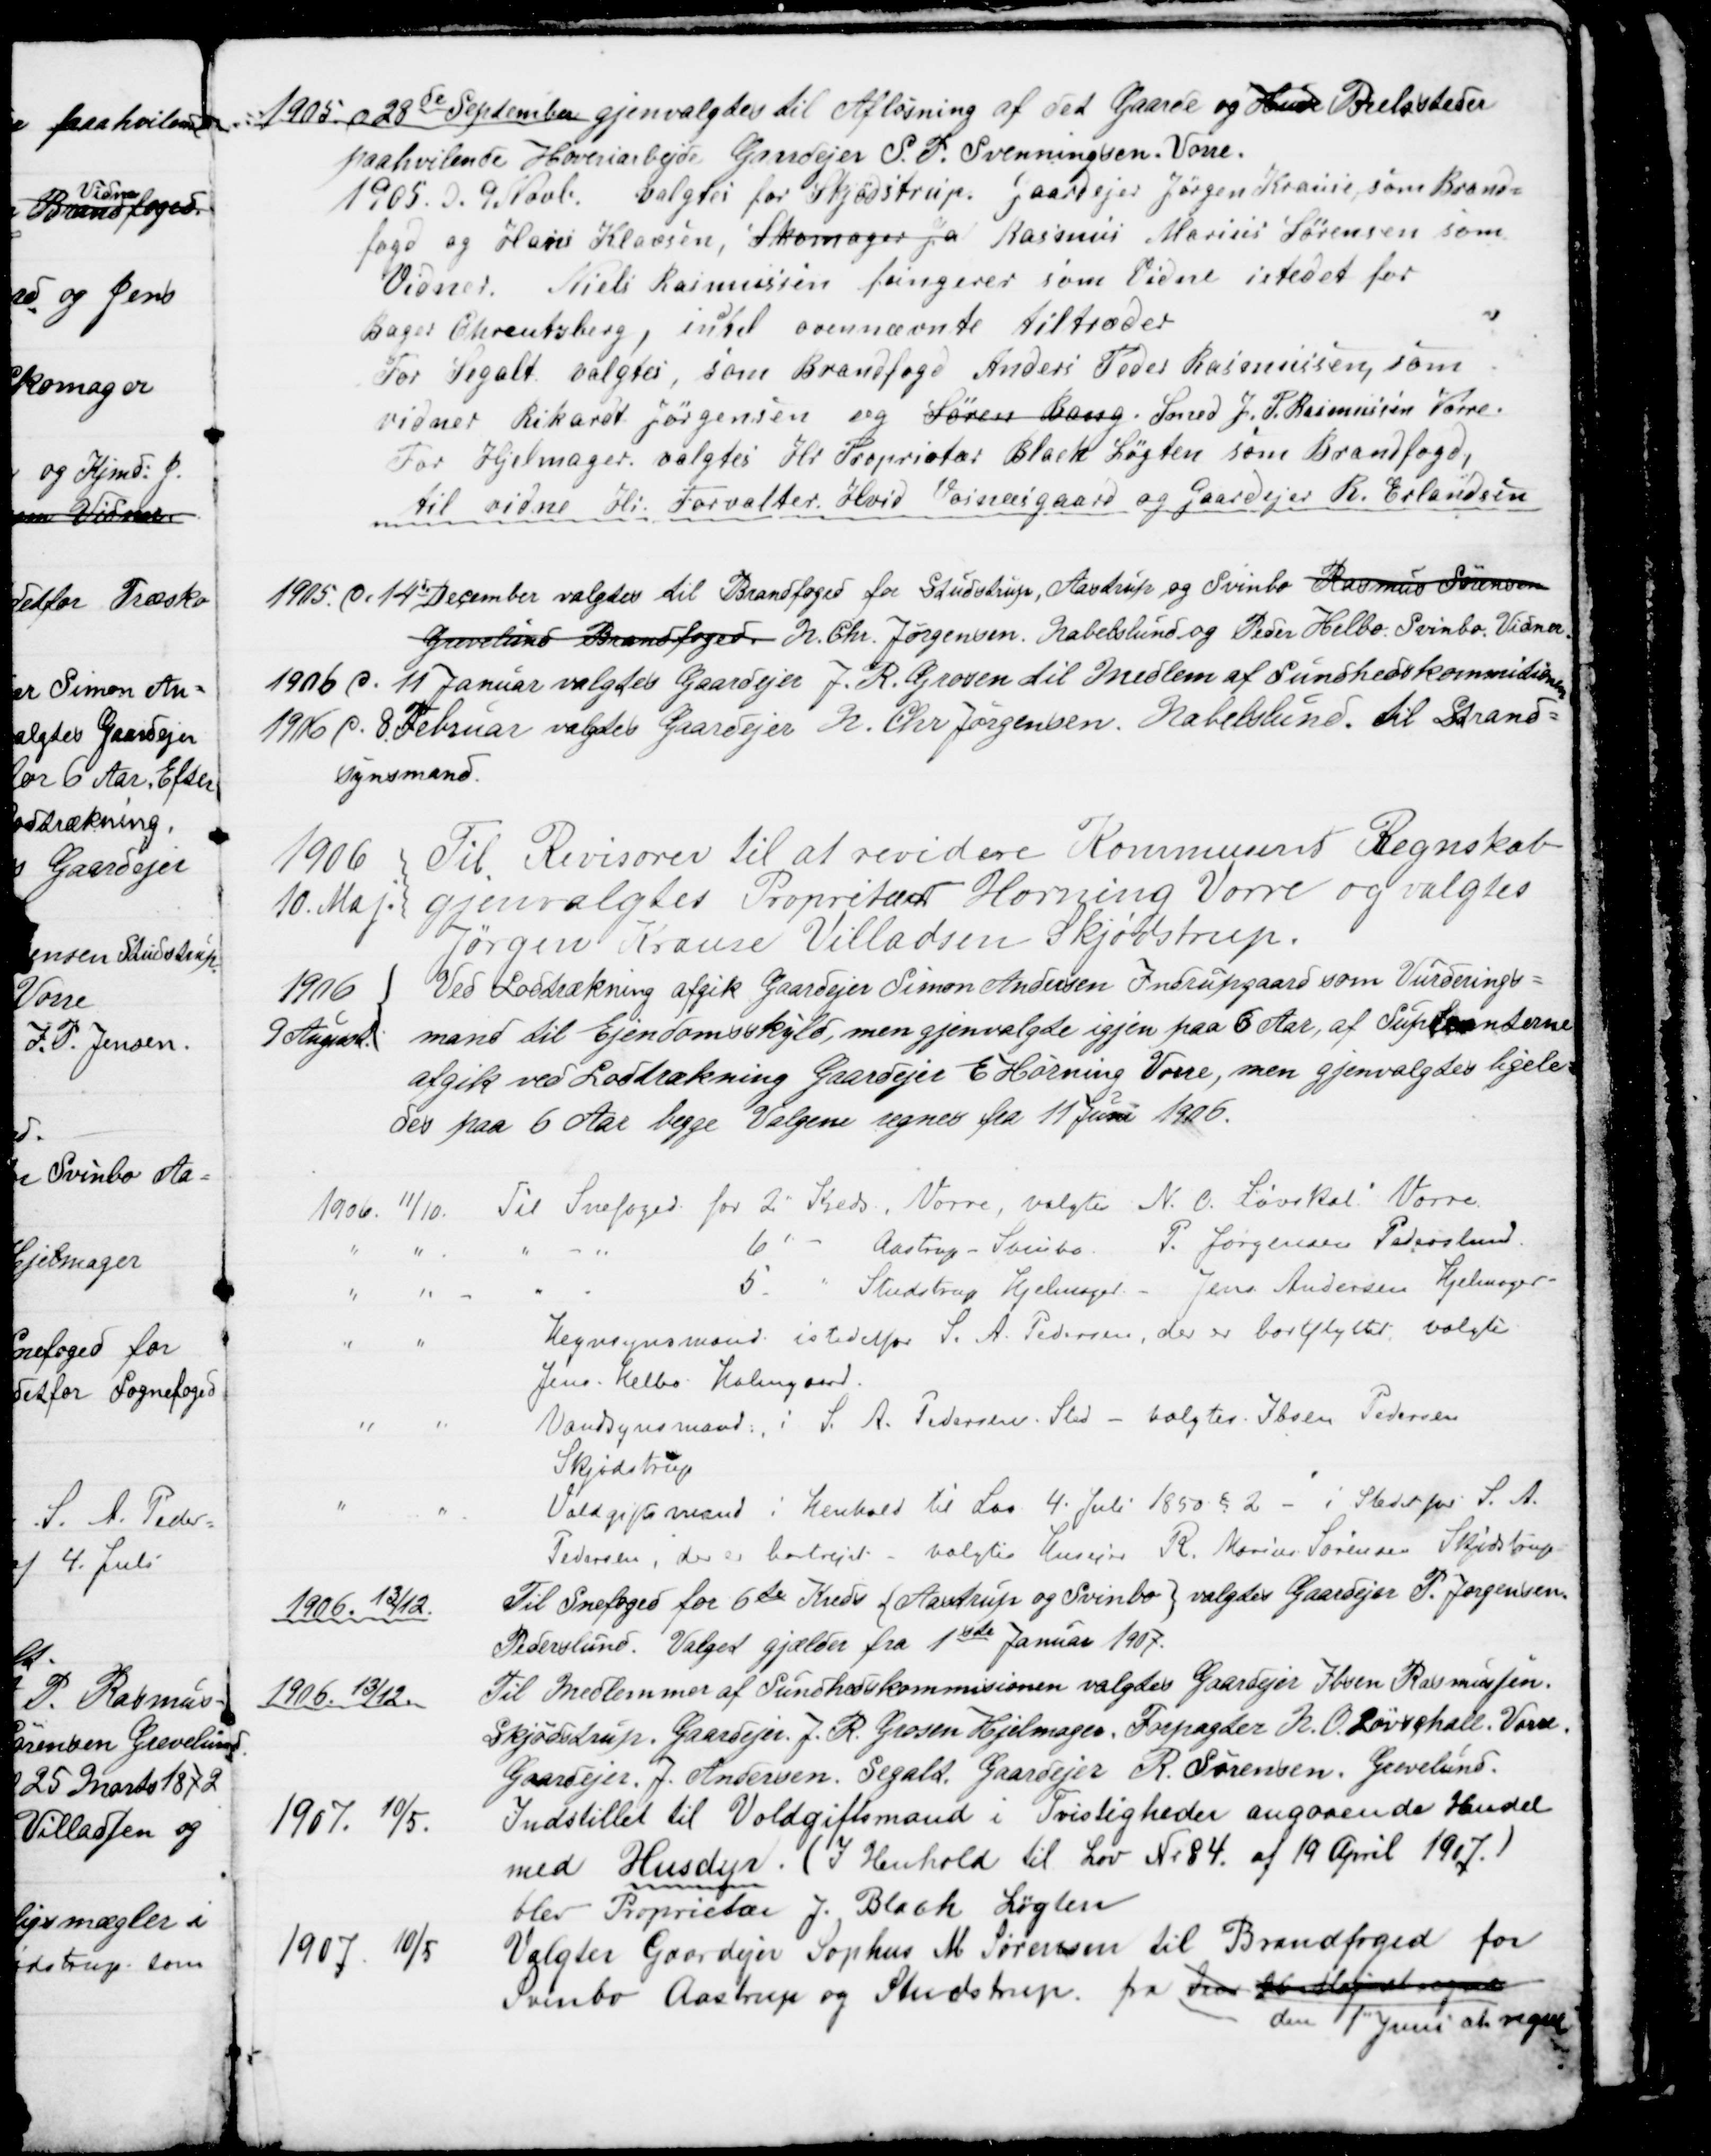
Transskription:
1905 d 28de September gjenvalgtes til Afløsning af det Gaarde og Huse Boelssteder
paahvilende Hoveriarbejde Gaardejer S. P. Svenningsen. Vorre.
1905 d. 9 Novb. valgtes for Skjødstrup, Gaardejer Jørgen Krause, som Brand=
fogd og Hans Klavsen, Skomager Ja Rasmus Marius Sørensen som
Vidner. Niels Rasmussen fungerer som Vidne istedet for
Bager Chreutzberg, in
d
til ovennævnte tiltræder
For Segalt valgtes, som Brandfogd Anders Peder Rasmussen, som
vidner Rikardt Jørgensen og Søren Bang. Smed J. P. Rasmussen Vorre.
For Hjelmager valgtes Hr Proprietær Blach Løgten som Brandfogd,
til vidne Hr. Forvalter Hvid Vosnæsgaard og Gaardejer R. Erlandsen
1905 d. 14de December valgtes til Brandfoged for Studstrup, Aastrup og Svinbo Rasmus Sørensen
Grevelund Brandfoged N. Chr. Jørgensen. Nabelslund og Peder Helbo Svinbo. Vidner.
1906 d. 11 Januar valgtes Gaardejer J. R. Grosen til Medlem af Sundhedskommitionen
1916 d. 8. Februar valgtes Gaardejer N. Chr Jørgensen. Nabelslund. til Strand=
synsmand.
1906 
10. Maj.
Til Revisorer til at revidere Kommunens Regnskab
gjenvalgtes Propritær Hørning Vorre og valgtes
Jørgen Krause Villadsen Skjødstrup.
1906 
9 August 
Ved Lodtrækning afgik Gaardejer Simon Andersen Indrupgaard som Vurderings=
mand til Ejendomsskyld, men gjenvalgte igjen paa 6 Aar, af Supleanterne
afgik ved Lodtrækning Gaardejer E Hørning Vorre, men gjenvalgtes ligele=
des paa 6 Aar begge Valgene regnes fra 11 Juni 1906.
1906. 11/10. Til Snefoged for 2" Kreds, Vorre, valgtes N. C. Løvskal Vorre.
6 
Aastrup - Svinbo. P. Jørgensen Pederslund.
5
Studstrup Hjelmager. - Jens Andersen Hjelmager
Hegnsynsmand istedetfor S. A. Pedersen, der er bortflyttet, valgtes
Jens Helbo Holmgaard.
Vandsynsmand i S. A. Pedersens Sted - valgtes. Ibsen Pedersen
Skjødstrup
Voldgiftsmand i henhold til Lov 4. Juli 1850 § 2 = i Stedet for S. A.
Pedersen, der er bortrejst = valgtes Husejer R. Marius Sørensen Skjødstrup
1906. 13/12.
Til Snefoged for 6te Kreds {Aastrup og Svinbo} valgtes Gaardejer P. Jørgensen
Pederslund. Valget gjælder fra 1ste Januar 1907.
1906. 13/12.
Til Medlemmer af Sundhedskommisionen valgtes Gaardejer Ibsen Rasmussen.
Skjødstrup. Gaardejer J. R. Grosen Hjelmager. Forpagter N. O. Løvschall. Vorre.
Gaardejer J. Andersen. Segalt. Gaardejer R. Sørensen, Grevelund.
1907. 10/5.
Indstillet til Voldgiftsmand i Tvistigheder angaaende Handel
med Husdyr. (I Henhold til Lov Nr 84. af 19 April 1907.)
blev Proprietær J. Blach Løgten
1907. 10/5
Valgtes Gaardejer Sophus M. Sørensen til Brandfoged for
Svinbo Aastrup og Studstrup fra den 26 Maj at regne
den 1" Juni at regne